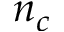
n _ { c }